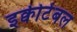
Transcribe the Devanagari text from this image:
इक्वीटेबल